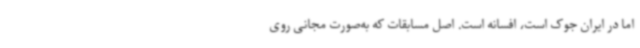
اما در ایران جوک است، افسانه است. اصل مسابقات که به‌‌صورت مجانی روی